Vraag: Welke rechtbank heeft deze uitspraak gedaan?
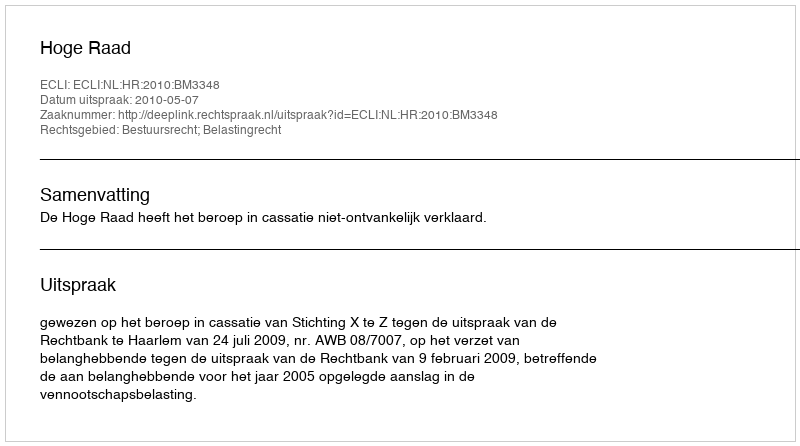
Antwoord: Hoge Raad